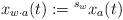
LaTeX: \begin{align*}x_{w\cdot a}(t):={}^{s_w}x_a(t)\end{align*}